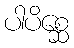
ပါပိစ္ဆေ